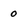
Character: 0